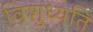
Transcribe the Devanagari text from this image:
विशुध्यति